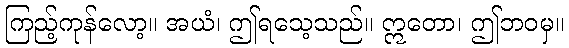
ကြည့်ကုန်လော့။ အယံ၊ ဤရသေ့သည်။ ဣတော၊ ဤဘဝမှ။